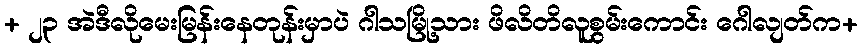
+ ၂၃ အဲဒီလိုမေးမြန်းနေတုန်းမှာပဲ ဂါသမြို့သား ဖိလိတိလူစွမ်းကောင်း ဂေါလျတ်က+